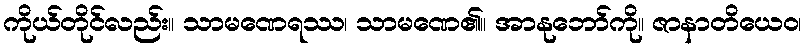
ကိုယ်တိုင်လည်း။ သာမဏေရဿ၊ သာမဏေ၏။ အာနုဘော်ကို။ ဇာနာတိယေဝ၊